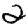
Digit: 2